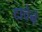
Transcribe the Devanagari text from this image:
टाचेने